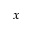
x